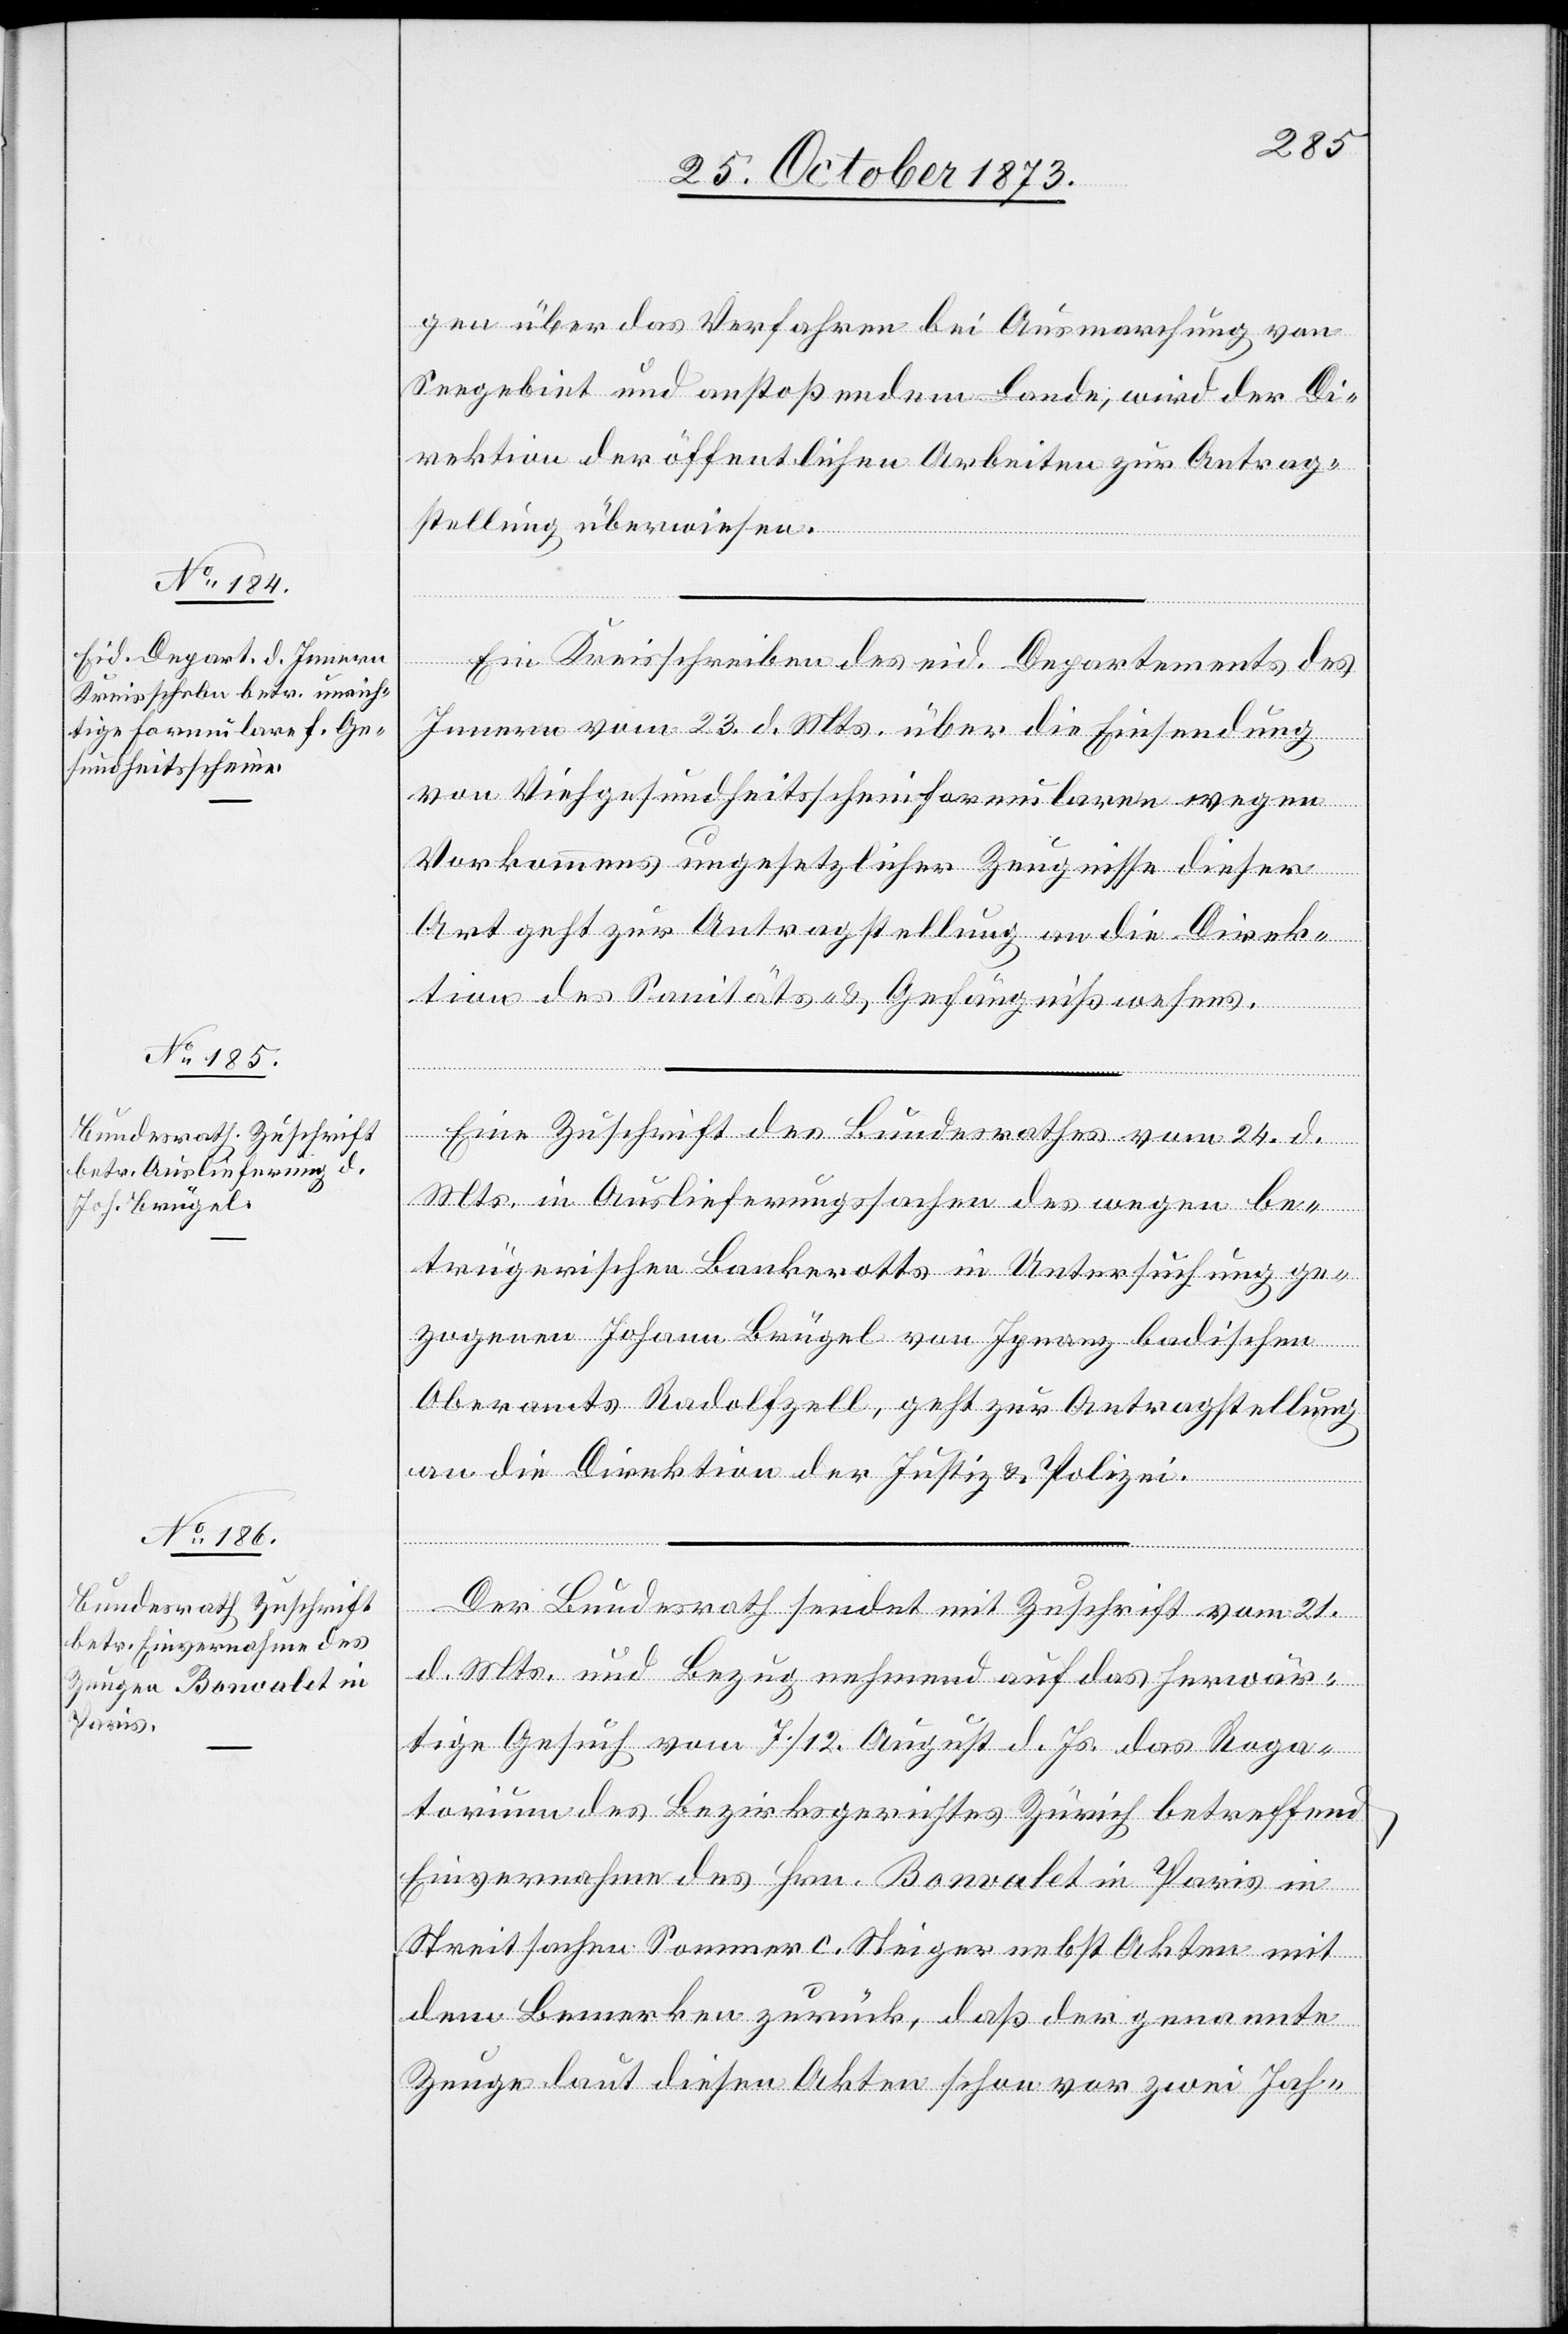
26. October 1873.]
gen über das Verfahren bei Ausmarchung von
Seegebiet und anstoßendem Lande, wird der Di¬
rektion der öffentlichen Arbeiten zur Antrag¬
stellung überwiesen.
Ein Kreisschreiben des eid. Departements des
Innern vom 23. d. Mts. über die Einsendung
von Viehgesundheitsscheinformularen wegen
Vorkommens ungesetzlicher Zeugnisse dieser
Art geht zur Antragstellung an die Direk¬
tion des Sanitäts- & Gefängnißwesens.
Eine Zuschrift des Bundesrathes vom 24. d.
Mts. in Auslieferungssachen des wegen be¬
trügerischen Bankerotts in Untersuchung ge¬
zogenen Johann Brügel von Ignanz badischen
Oberamts Radolfzell, geht zur Antragstellung
an die Direktion der Justiz & Polizei.
Der Bundesrath sendet mit Zuschrift vom 21.
d. Mts. und Bezug nehmend auf das herwär¬
tige Gesuch vom 7./12. August d. Js. das Roga¬
torium des Bezirksgerichtes Zürich betreffend
Einvernahme des Hrn. Bonvalet in Paris in
Streitsachen Sommer c. Steiger nebst Akten mit
dem Bemerken zurück, daß der genannte
Zeuge laut diesen Akten schon vor zwei Jah-